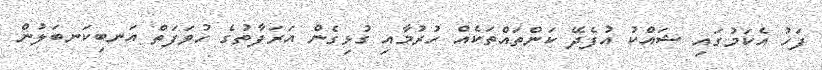
ފަހު އެކަމުގައި ޝައްކު އުފެދޭ ކަންތައްތަކެއް ހުރުމާއި ގުޅިގެން އަރަފާތުގެ ހުވަފަތް އަނބިކަނބަލުން